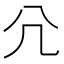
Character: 𡯂